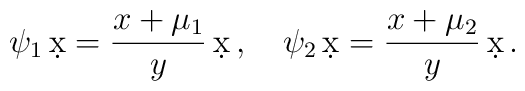
\psi_{1}\,\d x = {x + \mu_{1}\over y}\, \d x\, ,\quad\psi_{2}\,\d x = {x + \mu_{2}\over y}\, \d x\, .